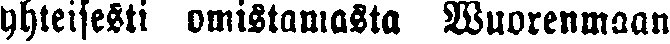
yhteisesti omistamasta Wuorenmaan